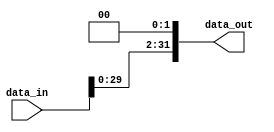
module shift_left(
    input [31:0] data_in, 
    output [31:0] data_out
);

    assign data_out = data_in << 2;

endmodule